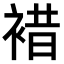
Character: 𧛊